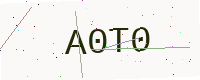
Text: A0T0